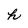
Character: h